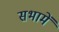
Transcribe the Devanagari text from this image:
सभामें